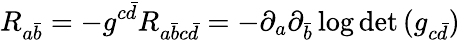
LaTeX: R_{a{\bar{b}}}=-g^{c{\bar{d}}}R_{a{\bar{b}}c{\bar{d}}}=-\partial_{a}\partial_{\bar{b}}\log{\operatorname*{det}{(g_{c{\bar{d}}})}}